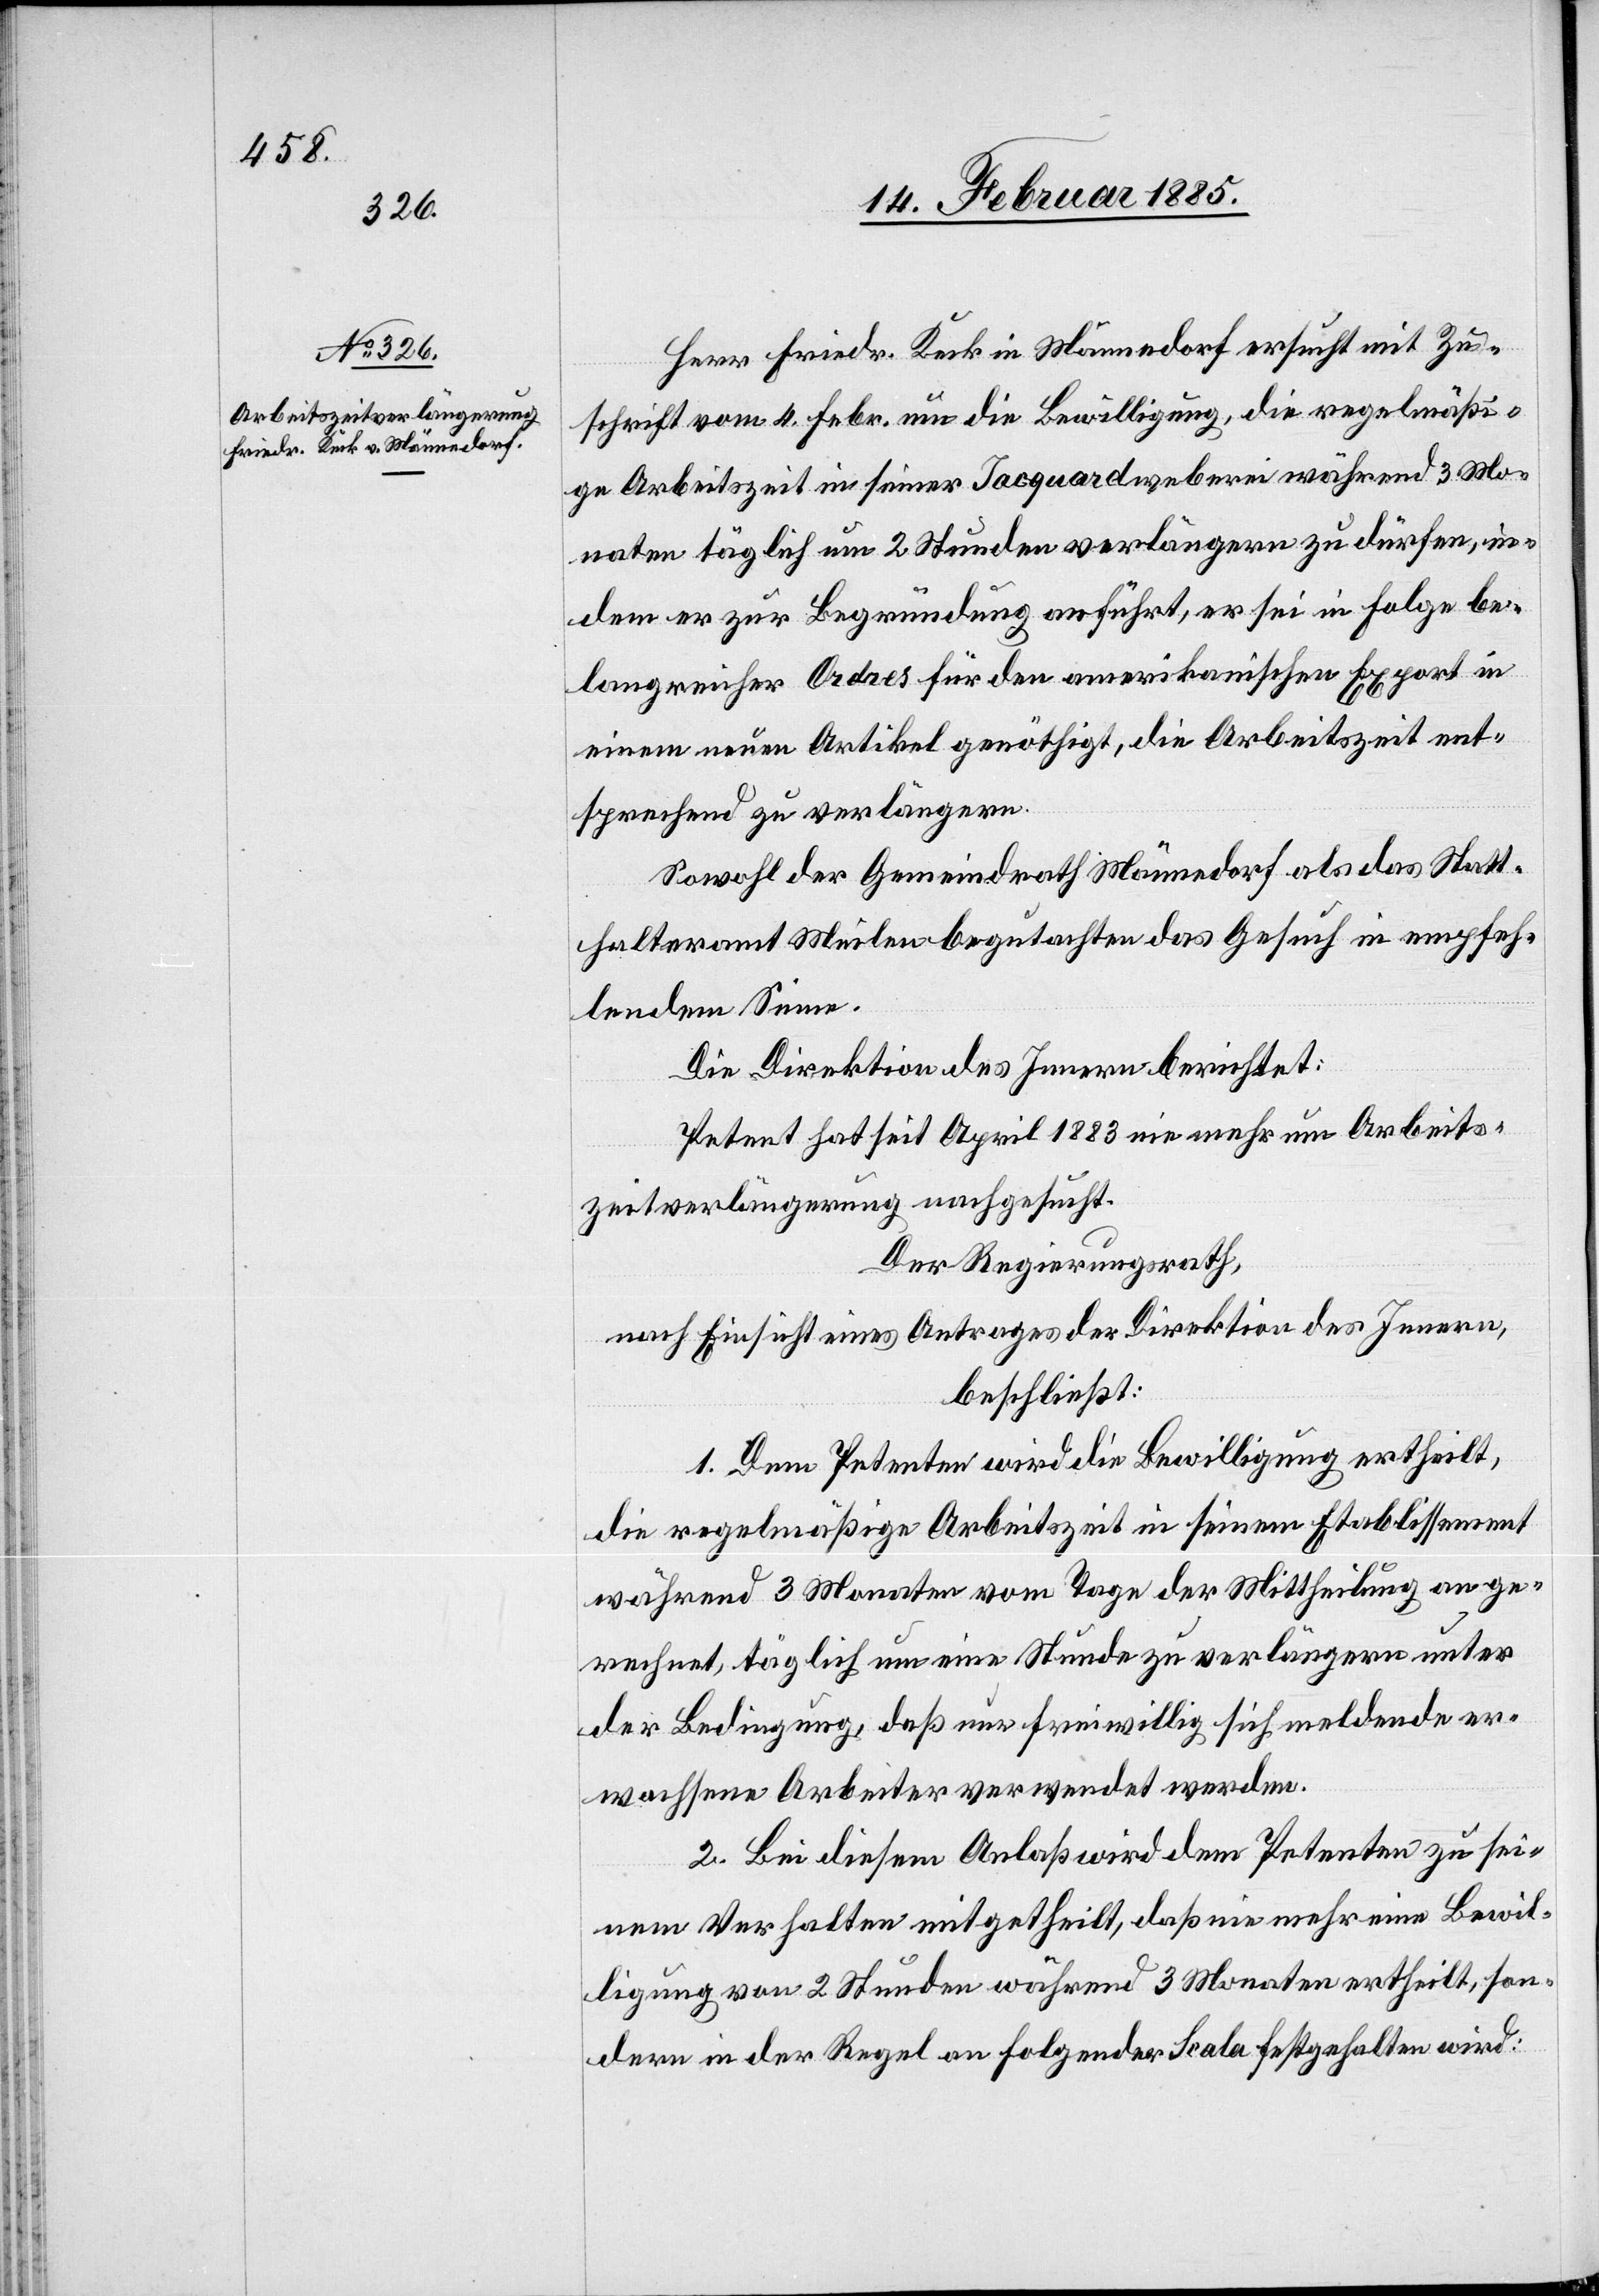
Herr Fried. Keck in Männedorf ersucht mit Zu¬
schrift vom 4. Febr. um die Bewilligung, die regelmäßi¬
ge Arbeitszeit in seiner Jacquardweberei während 3 Mo¬
naten täglich um 2 Stunden verlängern zu dürfen, in
dem er zur Begründung anführt, er sei in Folge be¬
langreicher Ordres für den amerikanischen Export in
einem neuen Artikel genöthigt, die Arbeitszeit ent¬
sprechend zu verlängern.
Sowohl der Gemeindrath Männedorf als das Statt¬
halteramt Meilen begutachten das Gesuch in empfeh¬
lendem Sinne.
Die Direktion des Innern berichtet:
Petent hat seit April 1883 nie mehr um Arbeits¬
zeitverlängerungen nachgesucht.
Der Regierungsrath,
nach Einsicht eines Antrages der Direktion des Innern,
beschließt:
1. Dem Petenten wird die Bewilligung ertheilt,
die regelmäßige Arbeitszeit in seinem Etablissement
während 3 Monaten vom Tage der Mittheilung an ge¬
rechnet, täglich um eine Stunde zu verlängern unter
der Bedingung, daß nur freiwillig sich meldende er¬
wachsene Arbeiter verwendet werden.
2. Bei diesem Anlaß wird dem Petenten zu sei¬
nem Verhalten mitgetheilt, daß nie mehr eine Bewil¬
ligung von 2 Stunden während 3 Monaten ertheilt, son¬
dern in der Regel an folgender Scala festgehalten wird: